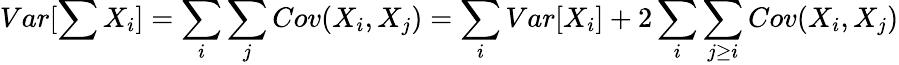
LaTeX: Var[\sum X_{i}]=\sum_{i}\sum_{j}Cov(X_{i},X_{j})=\sum_{i}Var[X_{i}]+2\sum_{i}\sum_{j\ge i}Cov(X_{i},X_{j})